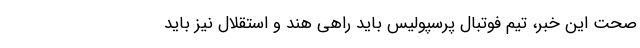
صحت این خبر، تیم فوتبال پرسپولیس باید راهی هند و استقلال نیز باید